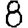
Digit: 8